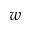
w